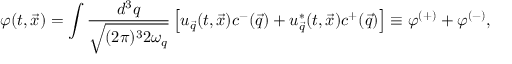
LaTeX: \varphi ( t , \vec { x } ) = \int \frac { d ^ { 3 } q } { \sqrt { ( 2 \pi ) ^ { 3 } 2 \omega _ { q } } } \left[ u _ { \vec { q } } ( t , \vec { x } ) c ^ { - } ( \vec { q } ) + u _ { \vec { q } } ^ { \ast } ( t , \vec { x } ) c ^ { + } ( \vec { q } ) \right] \equiv \varphi ^ { ( + ) } + \varphi ^ { ( - ) } ,